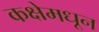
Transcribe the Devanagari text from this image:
कक्षेमधून